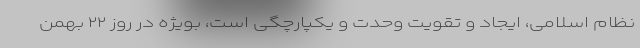
نظام اسلامی، ایجاد و تقویت وحدت و یکپارچگی است، بویژه در روز ۲۲ بهمن